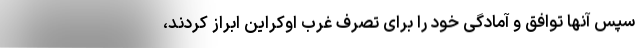
سپس آنها توافق و آمادگی خود را برای تصرف غرب اوکراین ابراز کردند،